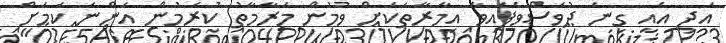
އަދި އެއީ ގިނަ ދުވަސްވެފައިވާ އިމާރާތަކަށް ވުމުން މަރާމާތު ކުރަމުން އަންނަ ކަމަށް